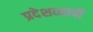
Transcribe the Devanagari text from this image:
प्रदेशव्यापी